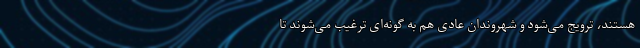
هستند، ترویج می‌شود و شهروندان عادی هم به گونه‌ای ترغیب می‌شوند تا